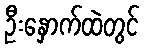
ဦးနှောက်ထဲတွင်